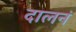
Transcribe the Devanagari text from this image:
दालनं